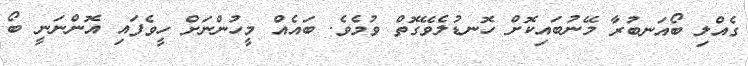
ގެއްލި ބޯއަނބުރާ މޭނުބައިކޮށް ހޮނޑުލެވޭގޮތް ވުމެވެ. ބައެއް މީހުންނަށް ހީވެފައި އޮންނަނީ ބޯ